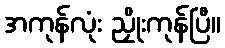
အကုန်လုံး ညှိုးကုန်ပြီ။